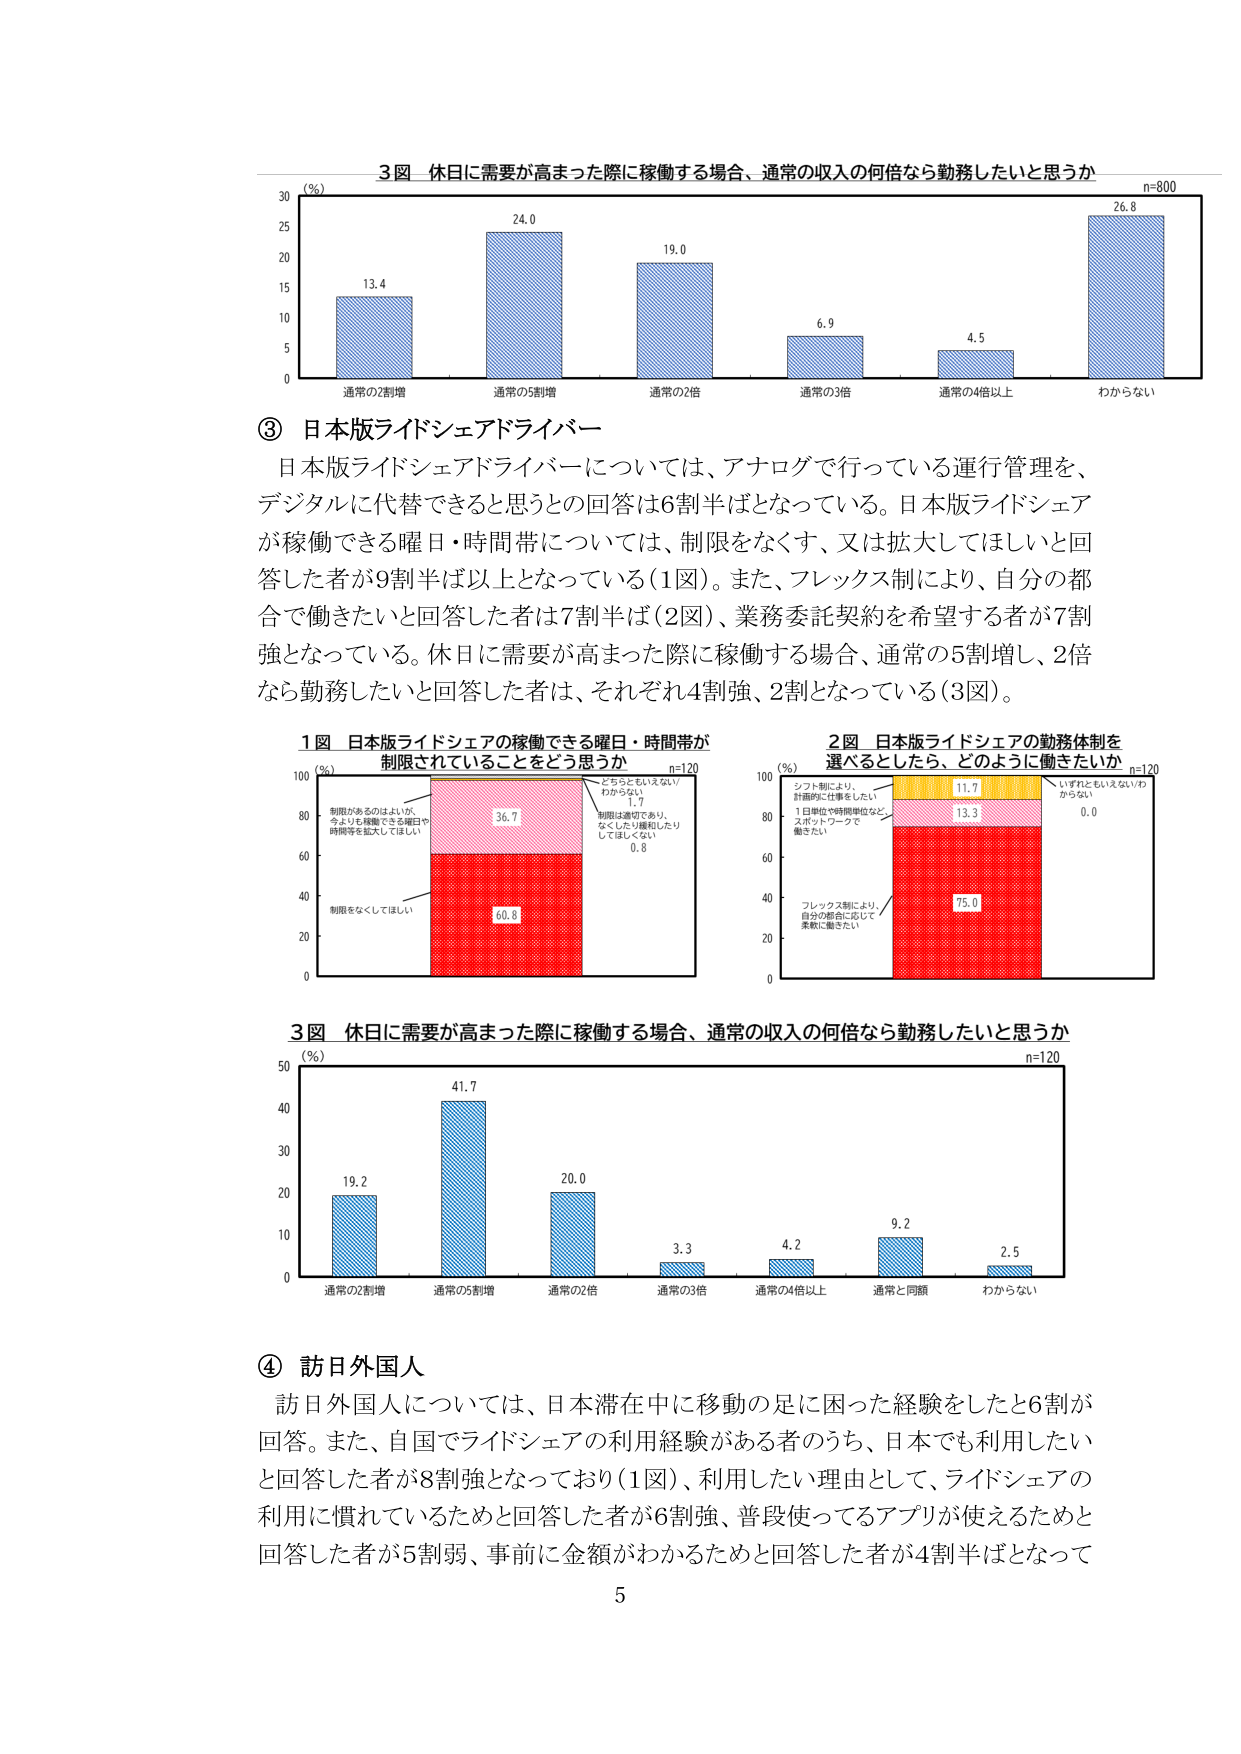
3図 休日に需要が高まった際に稼働する場合、通常の収入の何倍なら勤務したいと思うか
n=800
(%)
30
25
20
15
10
5
0
13.4
通常の2割増
24.0
通常の5割増
19.0
通常の2倍
6.9
通常の3倍
4.5
通常の4倍以上
26.8
わからない

③ 日本版ライドシェアドライバー
日本版ライドシェアドライバーについては、アナログで行っている運行管理を、
デジタルに代替できると思うとの回答は6割半ばとなっている。日本版ライドシェア
が稼働できる曜日・時間帯については、制限をなくす、又は拡大してほしいと回
答した者が9割半ば以上となっている（1図）。また、フレックス制により、自分の都
合で働きたいと回答した者は7割半ば（2図）、業務委託契約を希望する者が7割
強となっている。休日に需要が高まった際に稼働する場合、通常の5割増し、2倍
なら勤務したいと回答した者は、それぞれ4割強、2割となっている（3図）。

1図 日本版ライドシェアの稼働できる曜日・時間帯が
制限されていることをどう思うか
n=120
(%)
100
80
60
40
20
0
制限があるのはよいが、
今よりも稼働できる曜日や
時間帯を拡大してほしい
36.7
制限をなくしてほしい
60.8
どちらともいえない/
わからない
1.7
制限は適切であり、
なくしたり緩和したり
してほしくない
0.8

2図 日本版ライドシェアの勤務体制を
選べるとしたら、どのように働きたいか
n=120
(%)
100
80
60
40
20
0
シフト制により、
計画的に仕事をしたい
11.7
1日単位や時間単位など、
スポットワークで
働きたい
13.3
フレックス制により、
自分の都合に応じて
柔軟に働きたい
75.0
いずれともいえない/わ
からない
0.0

3図 休日に需要が高まった際に稼働する場合、通常の収入の何倍なら勤務したいと思うか
n=120
(%)
50
40
30
20
10
0
19.2
通常の2割増
41.7
通常の5割増
20.0
通常の2倍
3.3
通常の3倍
4.2
通常の4倍以上
9.2
通常と同額
2.5
わからない

④ 訪日外国人
訪日外国人については、日本滞在中に移動の足に困った経験をしたと6割が
回答。また、自国でライドシェアの利用経験がある者のうち、日本でも利用したい
と回答した者が8割強となっており（1図）、利用したい理由として、ライドシェアの
利用に慣れているためと回答した者が6割強、普段使ってるアプリが使えるためと
回答した者が5割弱、事前に金額がわかるためと回答した者が4割半ばとなって
5